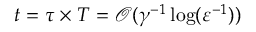
t = \tau \times T = \mathcal { O } ( \gamma ^ { - 1 } \log ( \varepsilon ^ { - 1 } ) )